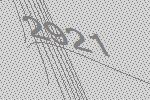
2921